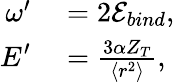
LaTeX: \begin{array}{rl}{\omega^{\prime}}&{{}=2\mathcal{E}_{bind},}\\ {\displaystyle E^{\prime}}&{{}=\frac{3\alpha Z_{T}}{\langle r^{2}\rangle},}\end{array}